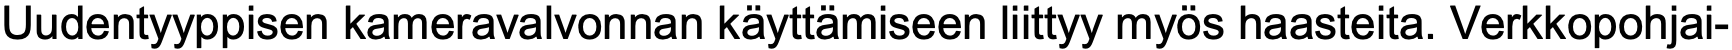
Uudentyyppisen kameravalvonnan käyttämiseen liittyy myös haasteita. Verkkopohjai-